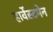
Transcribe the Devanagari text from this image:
हार्वेस्टमेन